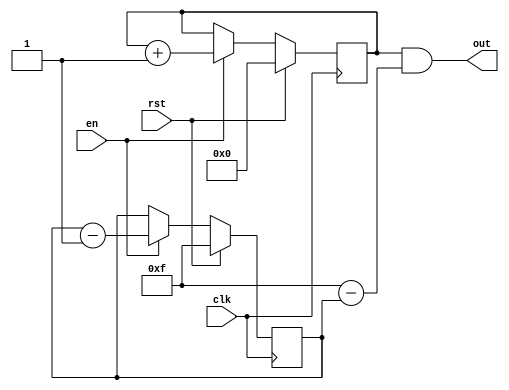
module opposite(input clk, input rst, input en, output [3:0] out);

reg [3:0] v; // explicit state variable (modeled in ILA)
reg [3:0] imp; // implicit (micro-arch, not modeled, but need constraints on it)
// the constraint we want is
// p : v == 4'hf - imp

always @(posedge clk) begin
  if (rst)
    v <= 0;
  else if(en)
    v <= v + 1;
end

always @(posedge clk) begin
  if (rst)
    imp <= 4'hf;
  else if(en)
    imp <= imp - 1;
end

assign out = v & ( 4'hf - imp ) ; 
// 4'hf - imp == v
// so, `out` should be the same as `v`

endmodule